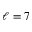
\ell = 7